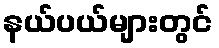
နယ်ပယ်များတွင်